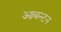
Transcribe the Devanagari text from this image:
आबन्टन